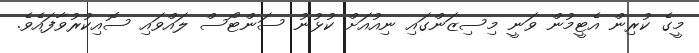
މީގެ ކުރިން އެޓީމުން ވަނީ މިސިޒަންގައި ނިއުއަށް ކުޅުނު ސަންޓޯސް ލައްވައި ސޮއިކުރުވާފައެވެ.